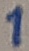
Text: 1